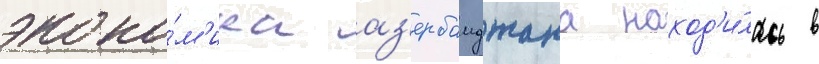
эконо́м'ика аз'ербаиджана наход'и́лась в